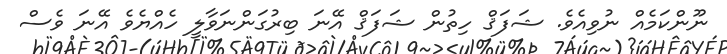
ނޫންކަމެއް ނުވިއެވެ. ޝަފަޤް ހިތުން ޝަފަޤް އޭނަ ބިރުގަންނަވާލީ ހެއްޔެވެ އޭނަ ވެސް